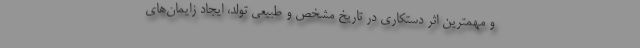
و مهمترین اثر دستکاری در تاریخ مشخص و طبیعی تولد، ایجاد زایمان‌های